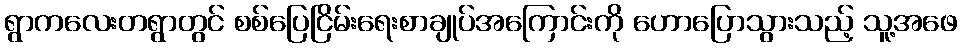
ရွာကလေးတရွာတွင် စစ်ပြေငြိမ်းရေးစာချုပ်အကြောင်းကို ဟောပြောသွားသည့် သူ့အဖေ